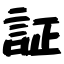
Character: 証